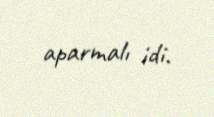
aparmalı idi.